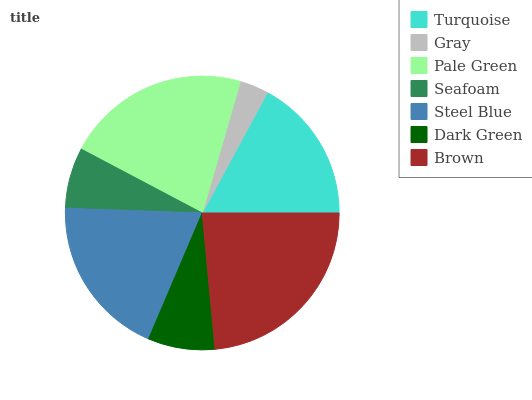
| Turquoise | Gray | Pale Green | Seafoam | Steel Blue | Dark Green | Brown |
 | --- | --- | --- | --- | --- | --- | --- |
 | 17% | 3.41% | 21.8% | 7.18% | 19.1% | 7.9% | 23.6% |